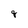
Character: q